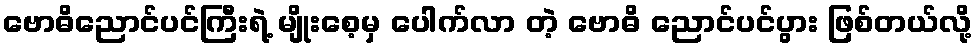
ဗောဓိညောင်ပင်ကြီးရဲ့ မျိုးစေ့မှ ပေါက်လာ တဲ့ ဗောဓိ ညောင်ပင်ပွား ဖြစ်တယ်လို့